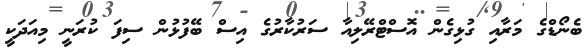
ބެނޯޑްގެ މަރާއި ގުޅިގެން އޮސްޓްރޭލިއާ ސަރުކާރުގެ އިސް ބޭފުޅުން ސިފަ ކުރަނީ މިއަދަކީ